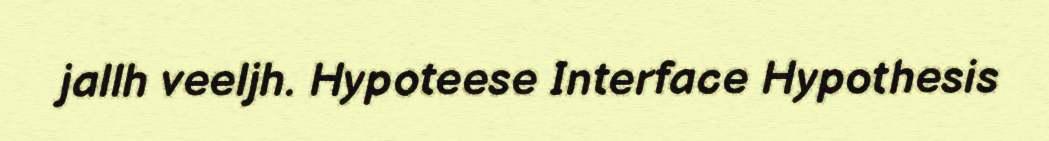
jallh veeljh. Hypoteese Interface Hypothesis